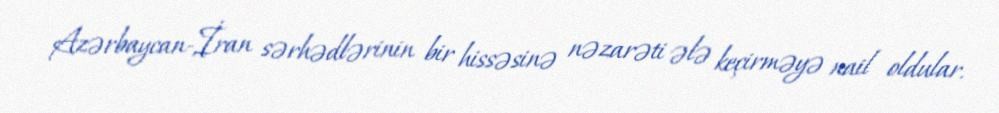
Azərbaycan-İran sərhədlərinin bir hissəsinə nəzarəti ələ keçirməyə nail oldular.